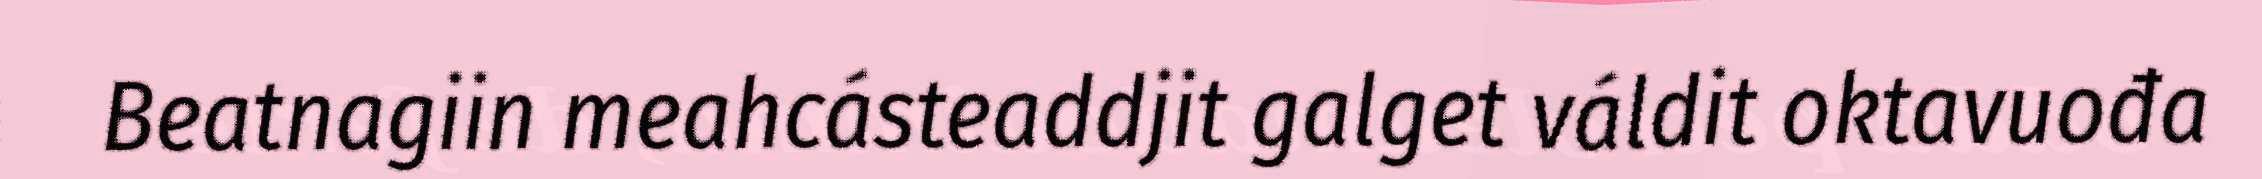
Beatnagiin meahcásteaddjit galget váldit oktavuođa